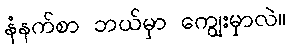
နံနက်စာ ဘယ်မှာ ကျွေးမှာလဲ။